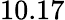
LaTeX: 10.17